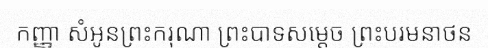
កញ្ញា សំអូនព្រះករុណា ព្រះបាទសម្តេច ព្រះបរមនាថន